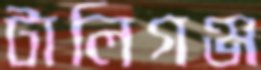
টালিগঞ্জ